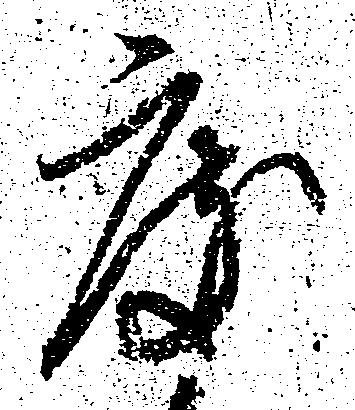
度